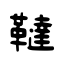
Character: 韃